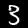
Label: 3